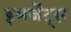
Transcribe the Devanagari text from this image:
इमर्जेंट्स